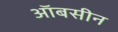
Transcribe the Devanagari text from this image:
ऑबसीन